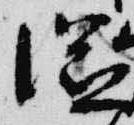
滋